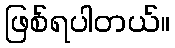
ဖြစ်ရပါတယ်။